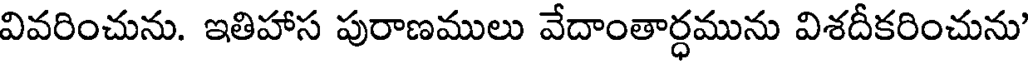
వివరించును. ఇతిహాస పురాణములు వేదాంతార్ధమును విశదీకరించును